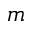
m